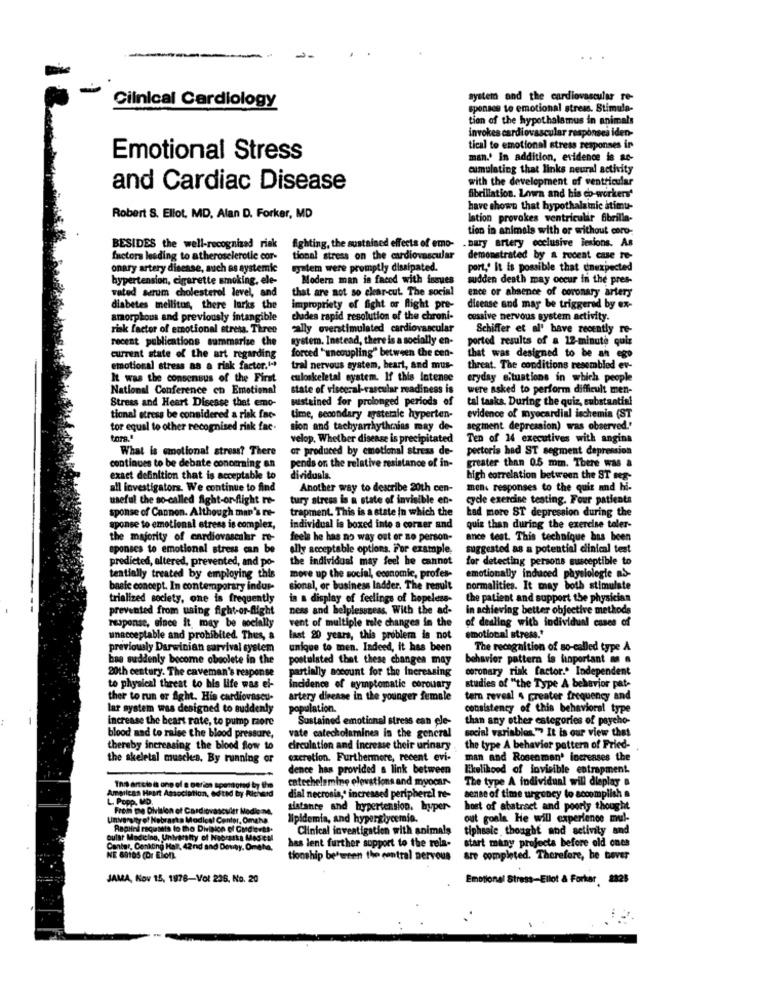
system and the cardiovascular re-
Cilnical Cardiology
sponscs to emotional stress. Stimula-
tion of the hypothalamus in animals
invokes cardiovascular responses iden-
tical to emotional stress responses in
Emotional Stress
man.' In addition, evidence is an-
cumulating that links neural activity
with the development of ventricular
and Cardiac Disease
fibrillation. Lown and his eo-workers'
have shown that hypothalamic itimu-
Robert S. Ellot, MD, Alan D. Forker, MD
lation provokes ventriculir fbrilla-
tion in animals with or without coro-
.Bary artery occlusive lesions. As
BESIDES the well-recognized risk
fighting, the sustained effects of emo-
factors lesding to atheroselerotic cor-
tional stress on the cardiovascular
demonstrated by a recent case to-
onary artery disease, such as systemie
system were promptly dissipated.
port ,. It is possible that enexpected
hypertension, cigarette smoking, ele-
Modern man in faced with issues
sudden death may occur in the pres-
that are not so clear-cut. The social
vated serum cholesterol level, and
ence or absence of coronary artery
diabetes mellitus, there lurks the
impropriety of fight or flight pre-
disense and may be triggered by ex-
amorphous and previously intangible
chuades rapid resolution of the chroni-
cessive nervous system activity.
risk factor of emotional stresa. Three
cally overstimulated cardiovascular
Schiffer et al' have recently re-
recent publications summarize the
system. Instead, there is a socially en-
ported results of a 12-minute quiz
forced "uncoupling" between the cen-
current state of the art regarding
that was designed to be an ego
emotional stress as a risk factor."
tral nervous system, heart, and mus-
threat. The conditions resembled ev-
It was the consensus of the First
culoskeletal system. If this intenee
eryday situations in which people
National Conference on Emotional
state of visceral-vascular readiness is
were asked to perform difficult men-
Stress and Heart Disease that emo-
sustained for prolonged periods of
tal tasks. During the quiz, substantial
tional stress be considered a risk fac-
time, secondary sgaterale hyperten-
evidence of myocardial ischemia (ST
tor equal to other recognised risk fac.
sion and tachyarrhythrains may de-
segment depression) was observed.'
velop, Whether disease is precipitated
Ten of 14 executives with angina
What is emotional stress? There
or produced by emotional stress de-
pectoris had ST segment depression
pends on the relative resistance of in-
greater than 0.5 min. There was a
continues to be debate concmaing an
exact definition that is acceptable to
dividuals.
high correlation between the ST seg-
all investigators. We continue to find
Another way to describe 20th cen-
men. responses to the quit and hi-
useful the so-called Aight-or-flight re-
tury stress is a state of invisible en-
code exercise testing. Four patients
sponse of Cannon. Although man's re-
trapment. This is a state In which the
Lad more ST depression during the
aponse to emotional stress is complex,
individual is boxed into a corner and
quiz than during the exercise toler-
the majority of cardiovascular re-
feels he has no way out or so person-
ance teat. This technique has been
sponscs to emotional stress can be
elly acceptable options. For example.
suggested as a potential clinical test
predicted, altered, prevented, and po-
the individual may feel he cannot
for detecting persons susceptible to
move up the social, economic, profes-
tentially treated by employing this
emotionally induced physiologie as-
basic concept. In contemporary indur-
sional, or business ladder. The result
normalities. It may both stimulate
trialized society, one is frequently
in a display of feelings of hopeless-
the patient and support the physician
prevented from using fight-or-flight
ness and helplessness. With the ad-
in achieving better objective methods
vent of multiple mole changes in the
of dealing with individual cases of
response, since it may be socially
unacceptable and prohibited. Thus, a
last 20 years, this problem is not emotional stress."
previously Darwinian survival system
unique to men. Indeed, it has been
The recognition of so-called type A
bae suddenly become obsolete in the
postulated that these changes may
behavior pattern is hinportant as a
20th century. The caveman's response
partially nocount for the Increasing
coronary risk factor." Independent
to physical threat to his life was el-
incidence of symptomatic corouary
studies of "the Type A behavior pate
ther to run or Aght. His cardiovaseu-
artery direane in the younger female
tarn reveal 4 greater frequency and
lar system was designed to suddenly
population.
consistency of this behavioral type
increase the heart rate, to pump raore
Sustained emotional stress can ele-
than any other categories of payeho-
social variables."> It is our view thet
blood nad to raise the blood pressure,
vate catecholamines in the general
thereby increasing the blood flow to
circulation and increase their urinary
the type A behavior pattern of Fried-
the skeletal muscle's, By running or
excretion. Furthermore, recent evi-
man and Rosenman' increases the
dence has provided a link between
likelihood of invisible entrapment.
catechelemine elevations and myocar-
The type A individual will dieplay &
This arele is one of a perien sponsored by
L. Popp. MD.
American Heart Association, edithd by Richet
dial necrosis ,* increased peripheral re-
sense of time urgency to scoomplish &
Froin the Division of Cardiovascular Medie
sistante and hypertension. hyper-
host of abstract and poorly thought
University of Nebraska Modical Center, Omaha
lipidemia, and hyperglycemia.
out goala He will experience mul-
Rapiini raquants to the Division of CMdieett.
Clinical investigation with animals
tiphasic thought and selivity and
Dular Medicino, University of Nebraska Mese
Center, Cenkting Hall, 42nd and Devty, Omaha
has lent further support to the rela-
start many projects before old ones
NE Gh165 (Dr Elon
tionship befursen the central nervous
are completed. Therefore, he bever
JAMA, Kov 15, 1978-Vol 236. No. 20
Emotional Stress-Ellot & Forkar, 2325